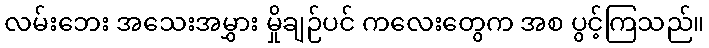
လမ်းဘေး အသေးအမွှား မှိုချဉ်ပင် ကလေးတွေက အစ ပွင့်ကြသည်။